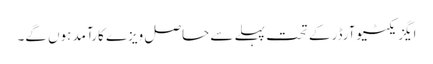
ایگزیکٹیوآرڈر کے تحت پہلے سے حاصل ویزے کارآمد ہوں گے۔